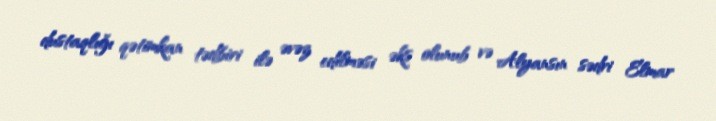
dustaqlığı qətimkan tədbiri ilə əvəz edilməsi əks olunub və Alyansın sədri Elmar